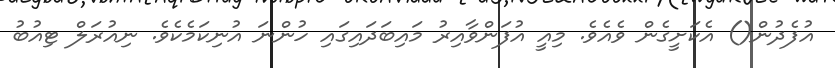
އުފެދުން() އެކަށީގެން ވެއެވެ. މިއީ އުފަންވާއިރު މައިބަދައިގައި ހުންނަ އުނިކަމެކެވެ. ނިއުރަލް ޓިއުބު